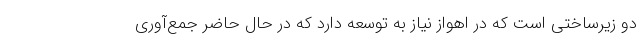
دو زیرساختی است که در اهواز نیاز به توسعه دارد که در حال حاضر جمع‌آوری